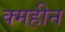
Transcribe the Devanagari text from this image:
क्महीन